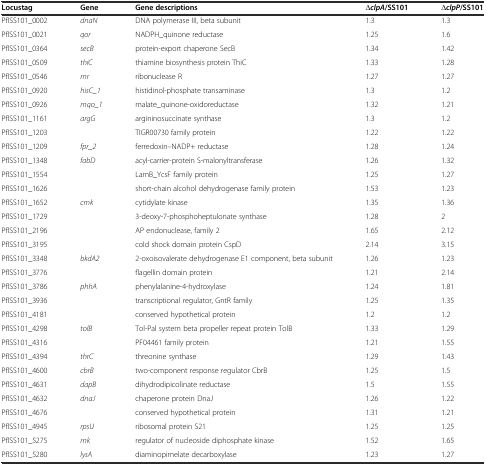
<table><thead><tr><td><b>Locustag</b></td><td><b>Gene</b></td><td><b>Gene descriptions</b></td><td><b>∆<i>clpA</i>/SS101</b></td><td><b>∆<i>clpP</i>/SS101</b></td></tr></thead><tbody><tr><td>PflSS101_0002</td><td><i>dnaN</i></td><td>DNA polymerase III, beta subunit</td><td>1.3</td><td>1.3</td></tr><tr><td>PflSS101_0021</td><td><i>qor</i></td><td>NADPH_quinone reductase</td><td>1.25</td><td>1.6</td></tr><tr><td>PflSS101_0364</td><td><i>secB</i></td><td>protein-export chaperone SecB</td><td>1.34</td><td>1.42</td></tr><tr><td>PflSS101_0509</td><td><i>thiC</i></td><td>thiamine biosynthesis protein ThiC</td><td>1.33</td><td>1.28</td></tr><tr><td>PflSS101_0546</td><td><i>rnr</i></td><td>ribonuclease R</td><td>1.27</td><td>1.27</td></tr><tr><td>PflSS101_0920</td><td><i>hisC_1</i></td><td>histidinol-phosphate transaminase</td><td>1.3</td><td>1.2</td></tr><tr><td>PflSS101_0926</td><td><i>mqo_1</i></td><td>malate_quinone-oxidoreductase</td><td>1.32</td><td>1.21</td></tr><tr><td>PflSS101_1161</td><td><i>argG</i></td><td>argininosuccinate synthase</td><td>1.3</td><td>1.2</td></tr><tr><td>PflSS101_1203</td><td></td><td>TIGR00730 family protein</td><td>1.22</td><td>1.22</td></tr><tr><td>PflSS101_1209</td><td><i>fpr_2</i></td><td>ferredoxin--NADP+ reductase</td><td>1.28</td><td>1.24</td></tr><tr><td>PflSS101_1348</td><td><i>fabD</i></td><td>acyl-carrier-protein S-malonyltransferase</td><td>1.26</td><td>1.32</td></tr><tr><td>PflSS101_1554</td><td></td><td>LamB_YcsF family protein</td><td>1.25</td><td>1.27</td></tr><tr><td>PflSS101_1626</td><td></td><td>short-chain alcohol dehydrogenase family protein</td><td>1.53</td><td>1.23</td></tr><tr><td>PflSS101_1652</td><td><i>cmk</i></td><td>cytidylate kinase</td><td>1.35</td><td>1.36</td></tr><tr><td>PflSS101_1729</td><td></td><td>3-deoxy-7-phosphoheptulonate synthase</td><td>1.28</td><td>2</td></tr><tr><td>PflSS101_2196</td><td></td><td>AP endonuclease, family 2</td><td>1.65</td><td>2.12</td></tr><tr><td>PflSS101_3195</td><td></td><td>cold shock domain protein CspD</td><td>2.14</td><td>3.15</td></tr><tr><td>PflSS101_3348</td><td><i>bkdA2</i></td><td>2-oxoisovalerate dehydrogenase E1 component, beta subunit</td><td>1.26</td><td>1.23</td></tr><tr><td>PflSS101_3776</td><td></td><td>flagellin domain protein</td><td>1.21</td><td>2.14</td></tr><tr><td>PflSS101_3786</td><td><i>phhA</i></td><td>phenylalanine-4-hydroxylase</td><td>1.24</td><td>1.81</td></tr><tr><td>PflSS101_3936</td><td></td><td>transcriptional regulator, GntR family</td><td>1.25</td><td>1.35</td></tr><tr><td>PflSS101_4181</td><td></td><td>conserved hypothetical protein</td><td>1.2</td><td>1.2</td></tr><tr><td>PflSS101_4298</td><td><i>tolB</i></td><td>Tol-Pal system beta propeller repeat protein TolB</td><td>1.33</td><td>1.29</td></tr><tr><td>PflSS101_4316</td><td></td><td>PF04461 family protein</td><td>1.21</td><td>1.55</td></tr><tr><td>PflSS101_4394</td><td><i>thrC</i></td><td>threonine synthase</td><td>1.29</td><td>1.43</td></tr><tr><td>PflSS101_4600</td><td><i>cbrB</i></td><td>two-component response regulator CbrB</td><td>1.25</td><td>1.5</td></tr><tr><td>PflSS101_4631</td><td><i>dapB</i></td><td>dihydrodipicolinate reductase</td><td>1.5</td><td>1.55</td></tr><tr><td>PflSS101_4632</td><td><i>dnaJ</i></td><td>chaperone protein DnaJ</td><td>1.26</td><td>1.22</td></tr><tr><td>PflSS101_4676</td><td></td><td>conserved hypothetical protein</td><td>1.31</td><td>1.21</td></tr><tr><td>PflSS101_4945</td><td><i>rpsU</i></td><td>ribosomal protein S21</td><td>1.25</td><td>1.25</td></tr><tr><td>PflSS101_5275</td><td><i>rnk</i></td><td>regulator of nucleoside diphosphate kinase</td><td>1.52</td><td>1.65</td></tr><tr><td>PflSS101_5280</td><td><i>lysA</i></td><td>diaminopimelate decarboxylase</td><td>1.23</td><td>1.27</td></tr></tbody></table>